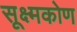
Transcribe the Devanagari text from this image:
सूक्ष्मकोण